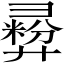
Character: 彛